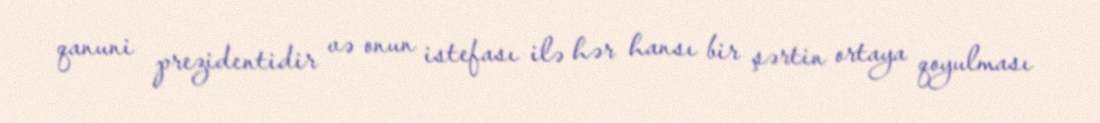
qanuni prezidentidir və onun istefası ilə hər hansı bir şərtin ortaya qoyulması